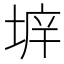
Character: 𡍔